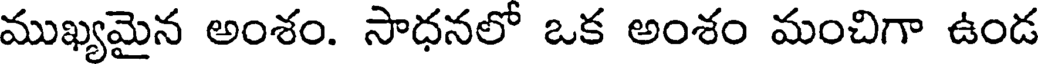
ముఖ్యమైన అంశం. సాధనలో ఒక అంశం మంచిగా ఉండ